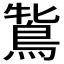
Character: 𪀻